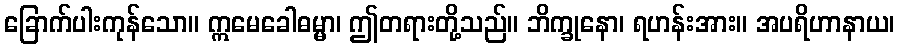
ခြောက်ပါးကုန်သော။ ဣမေခေါဓမ္မာ၊ ဤတရားတို့သည်။ ဘိက္ခုနော၊ ရဟန်းအား။ အပရိဟာနာယ၊